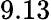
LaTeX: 9.13